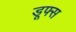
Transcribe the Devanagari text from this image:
डूफ्स